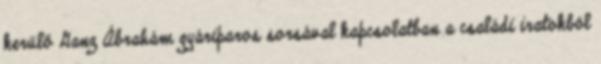
kerülő Ganz Ábrahám gyáriparos sorsával kapcsolatban a családi iratokból